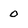
Character: 0